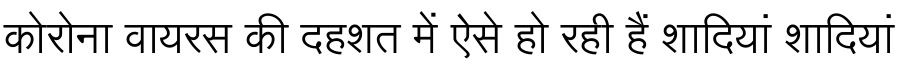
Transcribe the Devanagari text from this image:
कोरोना वायरस की दहशत में ऐसे हो रही हैं शादियां शादियां